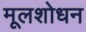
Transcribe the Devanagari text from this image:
मूलशोधन